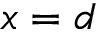
x = d